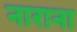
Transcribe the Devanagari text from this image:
नाराना